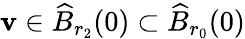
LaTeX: \mathbf{v}\in\widehat{{B}}_{r_{2}}(0)\subset\widehat{{B}}_{r_{0}}(0)